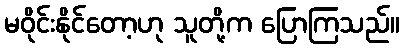
မဝိုင်းနိုင်တော့ဟု သူတို့က ပြောကြသည်။